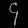
Digit: ၄